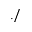
. /